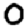
Digit: 0